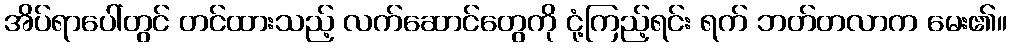
အိပ်ရာပေါ်တွင် တင်ထားသည့် လက်ဆောင်တွေကို ငုံ့ကြည့်ရင်း ရက် ဘတ်တလာက မေး၏။